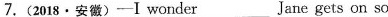
7. (2018 · 安徽) —Ⅰwonder ___Jane gets on so